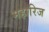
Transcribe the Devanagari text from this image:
महारिज